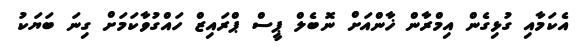
އެކަމާއި ގުޅިގެން އިމްރާން ޚާންއަށް ނޮބެލް ޕީސް ޕްރައިޒް ހައްގުވާކަމަށް ގިނަ ބަޔަކު